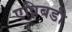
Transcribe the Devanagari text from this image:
एव्रिबडी